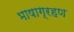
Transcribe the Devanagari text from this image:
भाषाग्रहण